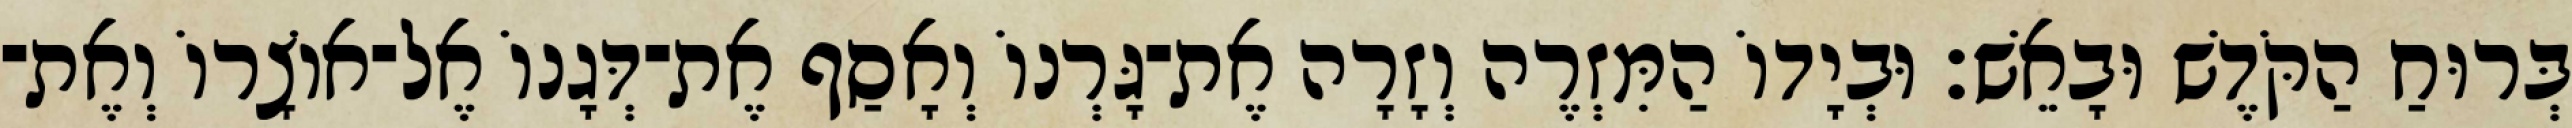
בְּרוּחַ הַקֹּדֶשׁ וּבָאֵשׁ׃ וּבְיָדוֹ הַמִּזְרֶה וְזָרָה אֶת־גָּרְנוֹ וְאָסַף אֶת־דְּגָנוֹ אֶל־אוֹצָרוֹ וְאֶת־